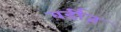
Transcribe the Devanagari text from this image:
बर्डीज़